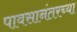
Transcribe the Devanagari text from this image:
पावसानंतरच्या